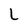
Character: L